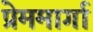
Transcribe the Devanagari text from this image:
प्रेममार्गा